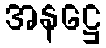
အနဋ္ဌေ